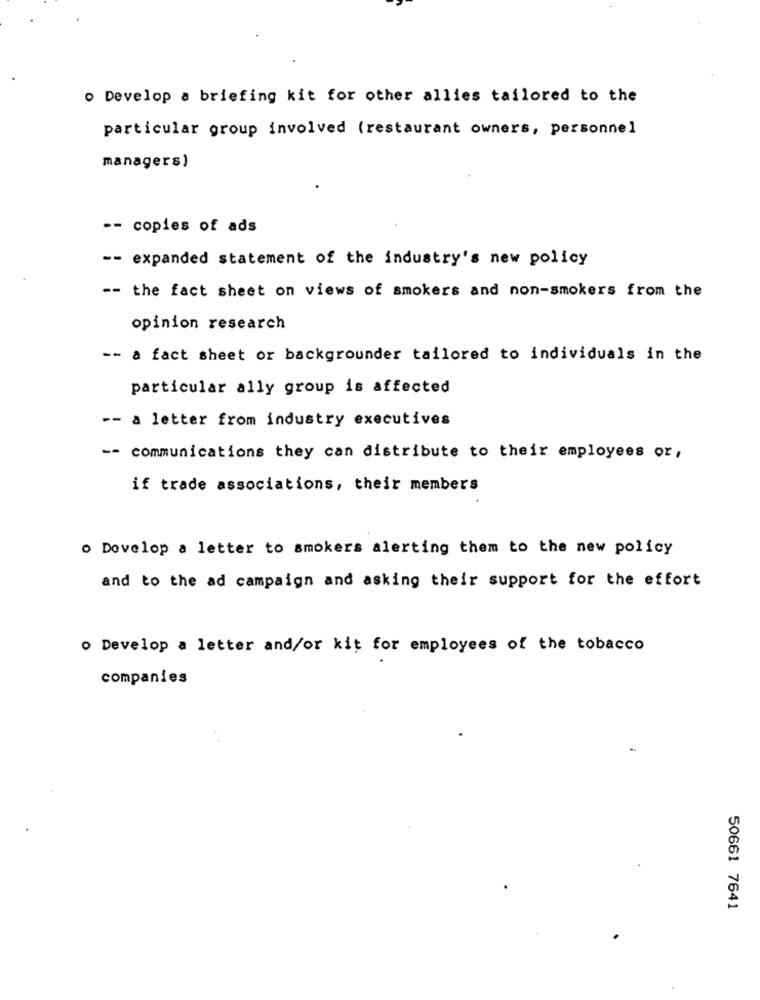
. Develop a briefing kit for other allies tailored to the
particular group involved (restaurant owners, personnel
managers)
-- copies of ads
-- expanded statement of the industry's new policy
-- the fact sheet on views of smokers and non-smokers from the
opinion research
-- a fact sheet or backgrounder tailored to individuals in the
particular ally group is affected
-- a letter from industry executives
-- communications they can distribute to their employees or,
if trade associations, their members
. Develop a letter to smokers alerting them to the new policy
and to the ad campaign and asking their support for the effort
· Develop a letter and/or kit for employees of the tobacco
companies
50661 7641